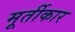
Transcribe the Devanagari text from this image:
मूर्तीकार